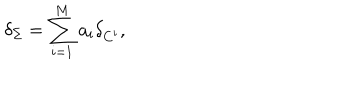
LaTeX: \delta _ { \Sigma } = \sum _ { i = 1 } ^ { M } a _ { i } \delta _ { C ^ { i } } ,